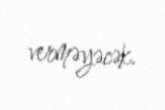
verməyəcək.